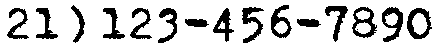
21) 123-456-7890